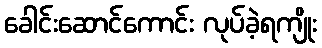
ခေါင်းဆောင်ကောင်း လုပ်ခဲ့ရကျိုး